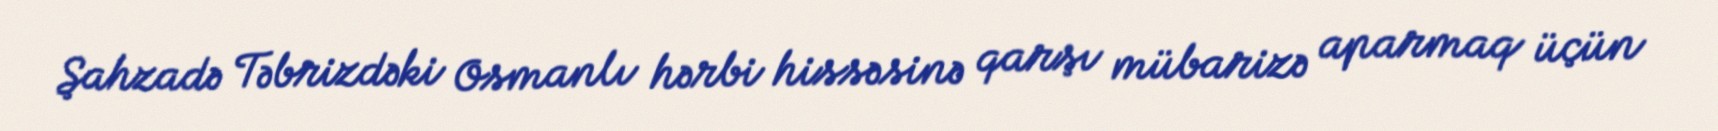
Şahzadə Təbrizdəki Osmanlı hərbi hissəsinə qarşı mübarizə aparmaq üçün